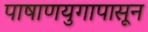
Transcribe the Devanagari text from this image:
पाषाणयुगापासून